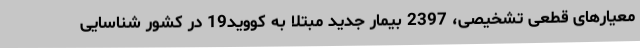
معیارهای قطعی تشخیصی، 2397 بیمار جدید مبتلا به کووید19 در کشور شناسایی